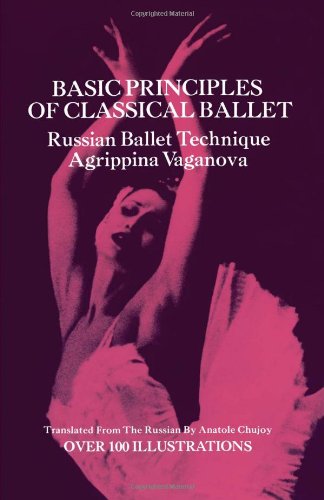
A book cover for Basic Principles of Classical Ballet; Agrippina Vaganova; Humor & Entertainment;